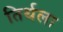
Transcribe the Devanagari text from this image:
तिर्थला